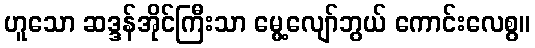
ဟူသော ဆဒ္ဒန်အိုင်ကြီးသာ မွေ့လျော်ဘွယ် ကောင်းလေစွ။